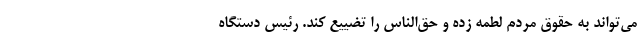
می‌تواند به حقوق مردم لطمه زده و حق‌الناس را تضییع کند. رئیس دستگاه